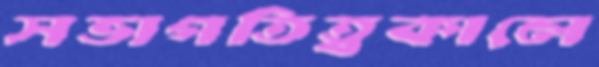
সভাপতিত্বকালে